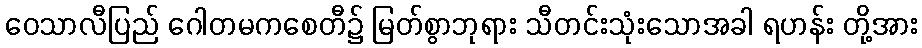
ဝေသာလီပြည် ဂေါတမကစေတီ၌ မြတ်စွာဘုရား သီတင်းသုံးသောအခါ ရဟန်း တို့အား